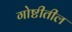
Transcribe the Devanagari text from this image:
गोष्टीतील